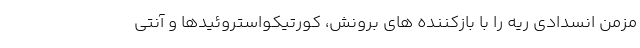
مزمن انسدادی ریه را با بازکننده های برونش، کورتیکواستروئیدها و آنتی